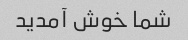
شما خوش آمدید